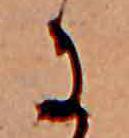
に